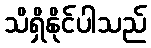
သိရှိနိုင်ပါသည်